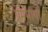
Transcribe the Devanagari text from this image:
प्रेममार्गा